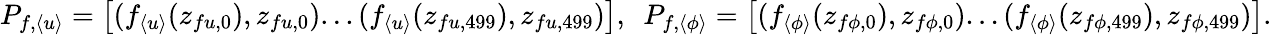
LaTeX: \begin{array}{r}{P_{f,\langle u\rangle}=\left[(f_{\langle u\rangle}(z_{fu,0}),z_{fu,0})...(f_{\langle u\rangle}(z_{fu,499}),z_{fu,499})\right],\ \ P_{f,\langle\phi\rangle}=\left[(f_{\langle\phi\rangle}(z_{f\phi,0}),z_{f\phi,0})...(f_{\langle\phi\rangle}(z_{f\phi,499}),z_{f\phi,499})\right].}\end{array}